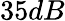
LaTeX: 35dB